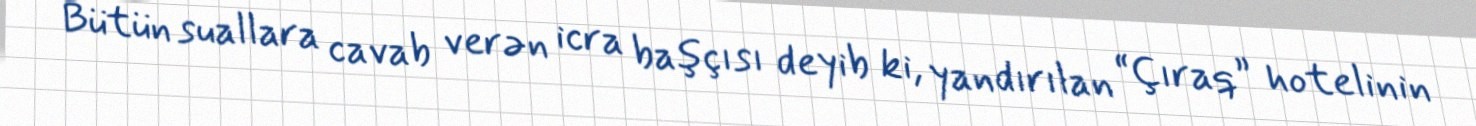
Bütün suallara cavab verən icra başçısı deyib ki, yandırılan “Çıraq” hotelinin